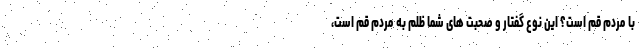
با مردم قم است؟ این نوع گفتار و صحبت های شما ظلم به مردم قم است،